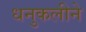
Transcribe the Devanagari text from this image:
धनुकलीने